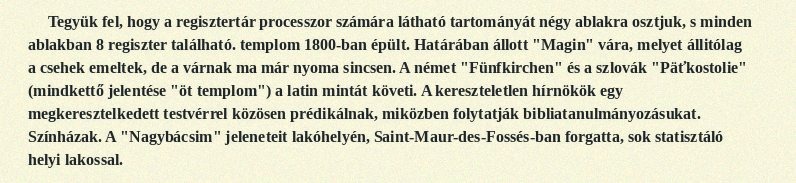
Tegyük fel, hogy a regisztertár processzor számára látható tartományát négy ablakra osztjuk, s minden ablakban 8 regiszter található. templom 1800-ban épült. Határában állott "Magin" vára, melyet állitólag a csehek emeltek, de a várnak ma már nyoma sincsen. A német "Fünfkirchen" és a szlovák "Päťkostolie" (mindkettő jelentése "öt templom") a latin mintát követi. A kereszteletlen hírnökök egy megkeresztelkedett testvérrel közösen prédikálnak, miközben folytatják bibliatanulmányozásukat. Színházak. A "Nagybácsim" jeleneteit lakóhelyén, Saint-Maur-des-Fossés-ban forgatta, sok statisztáló helyi lakossal.